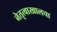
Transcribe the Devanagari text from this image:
नेतृत्वाखालचा